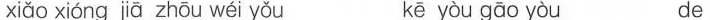
xiǎo xióng jā zhōu wéi yǒu kē yòu gāo yòu de